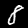
Digit: 8